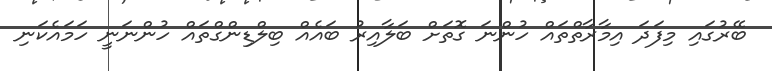
ބޭރުގައި މިފަދަ އިމާރާތްތައް ހުންނަ ގޮތަށް ބަލާއިރު ބައެއް ބިލްޑިންގްތައް ހުންނަނީ ހަމައެކަނި